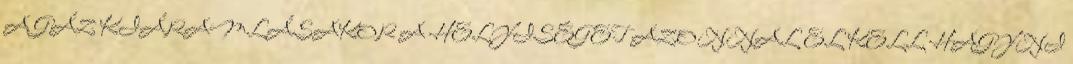
A GÁZ KIÁRAMLÁSAKOR A HELYISÉGET AZONNAL EL KELL HAGYNI